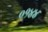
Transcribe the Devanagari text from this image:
०१४४